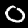
Digit: 0